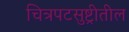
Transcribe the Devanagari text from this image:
चित्रपटसुष्ट्रीतील